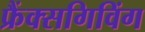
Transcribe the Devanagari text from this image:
फ्रैंक्सगिविंग